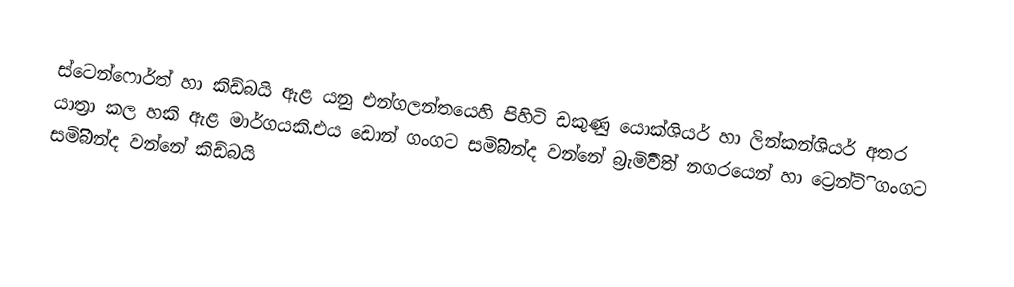
ස්ටෙන්ෆොර්ත් හා කිඩ්බයි ඇළ යනු එන්ගලන්තයෙහි පිහිටි ‍ඩකුණු යොක්ශියර් හා ලින්කන්ශියර් අතර යාත්‍රා කල හකි ඇළ මාර්ගයකි.එය ඩොන් ගංගට  සමිිිිබන්ද වන්නේ බ්‍රැමිිවිිත් නගරයෙන් හා ට්‍රෙන්ටිි ගංගට  සමිිිිබන්ද වන්නේ කිඩ්බයි